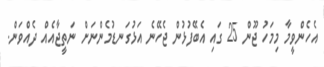
އެހެންވީމާ މިމަހު ޖޫން 25 ގައި އެބޭފުޅުން ޖެހޭނެ އަޅުގަނޑުމެންނަށް ނަތީޖާއެއް ދެއްވަން.